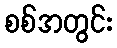
စစ်အတွင်း